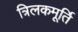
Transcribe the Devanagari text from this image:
त्रिलकमूर्ति